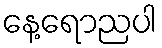
နေ့ရောညပါ